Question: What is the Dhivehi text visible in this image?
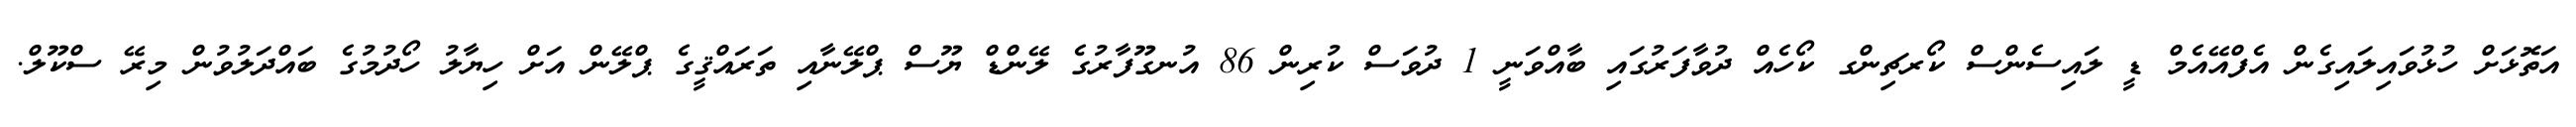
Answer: އަތޮޅަށް ހުޅުވައިލައިގެން އެފްއޭއެމް ޑީ ލައިސެންސް ކޯރޗިންގ ކޯހެއް ދުވާފަރުގައި ބާއްވަނީ 1 ދުވަސް ކުރިން 86 އުނގޫފާރުގެ ލޭންޑް ޔޫސް ޕްލޭނާއި ތަރައްޤީގެ ޕްލޭން އަށް ހިޔާލު ހޯދުމުގެ ބައްދަލުވުން މިރޭ ސްކޫލް.